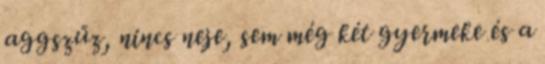
aggszűz, nincs neje, sem még két gyermeke és a